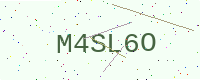
Text: M4SL6O